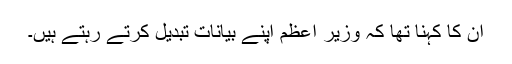
ان کا کہنا تھا کہ وزیر اعظم اپنے بیانات تبدیل کرتے رہتے ہیں۔